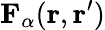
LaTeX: \textbf{F}_{\alpha}(\textbf{r},\textbf{r}^{\prime})